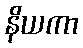
နိယကာ